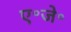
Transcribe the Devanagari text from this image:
ए॰जे॰